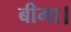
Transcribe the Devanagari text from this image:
बीमा।